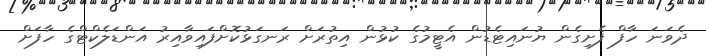
ދެވަނަ ހާފް ފެށިގެން ޔުނައިޓެޑުން އެޓީމުގެ ކުޅުން އިތުރަށް ރަނގަޅުކޮށްފައިވާއިރު އަންޑަލެކްޓްގެ ހާފަށް